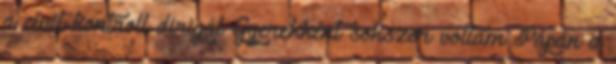
a civil kontroll dirigál Gyerekként sokszor voltam Pápán a